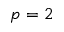
p = 2